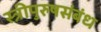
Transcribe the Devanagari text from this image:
स्त्रीपुरुषसंबंध